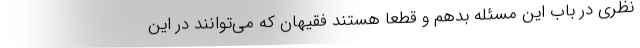
نظری در باب این مسئله بدهم و قطعا هستند فقیهان که می‌توانند در این